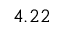
4 . 2 2